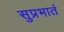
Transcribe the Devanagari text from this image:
सुप्रभातं